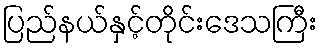
ပြည်နယ်နှင့်တိုင်းဒေသကြီး